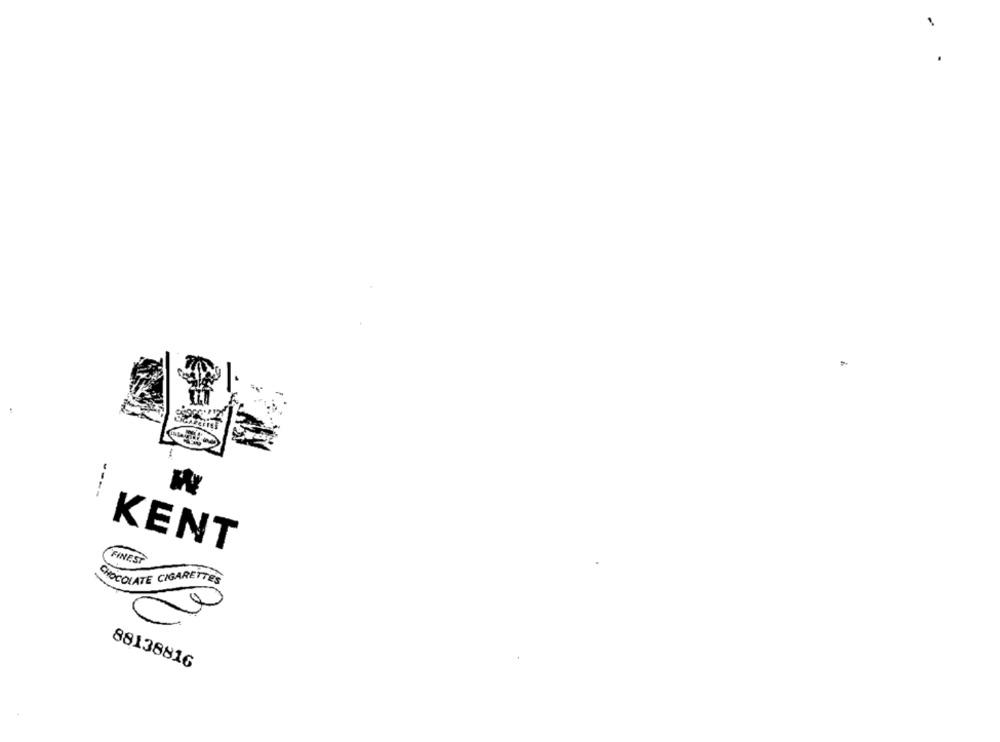
-
KENT
FINEST
CHOCOLATE CIGARETTES
88138816